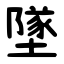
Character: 墜